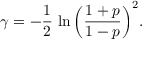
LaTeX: \gamma = - \frac { 1 } { 2 } \, \ln { \left( \frac { 1 + p } { 1 - p } \right) ^ { 2 } } .